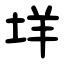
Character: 垟